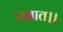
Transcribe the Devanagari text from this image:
प्रभात।।